Indian journal of veterinary science and animal husbandry - Volume 4,
Year: 1934
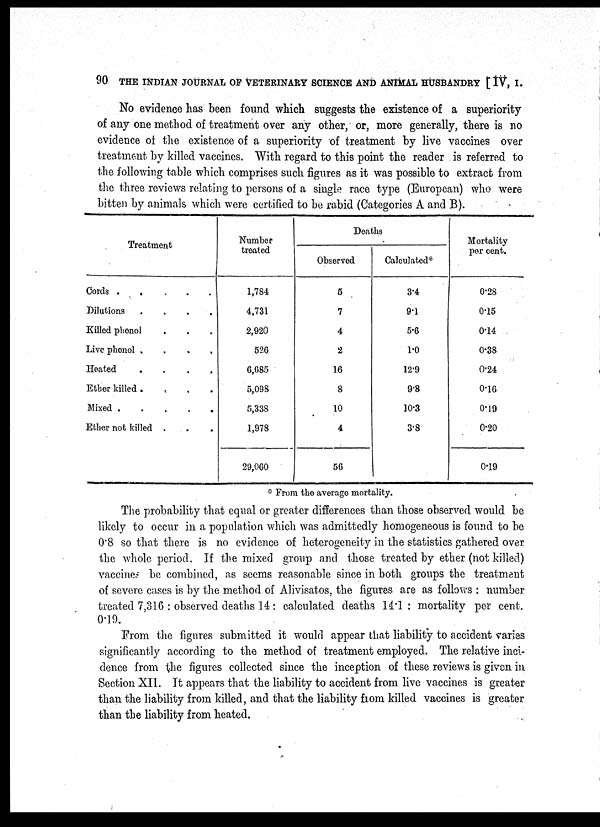
90 THE INDIAN JOURNAL OF VETERINARY SCIENCE AND ANIMAL HUSBANDRY [ IV, I.
No evidence has been found which suggests the existence of a superiority
of any one method of treatment over any other, or, more generally, there is no
evidence of the existence of a superiority of treatment by live vaccines over
treatment by killed vaccines. With regard to this point the reader is referred to
the following table which comprises such figures as it was possible to extract from
the three reviews relating to persons of a single race type (European) who were
bitten by animals which were certified to be rabid (Categories A and B).
Treatment
Cords .
.
.
.
.
Dilutions
.
.
.
.
Killed phenol . . . .
Live phenol . . . .
Heated
.
.
.
.
Ether killed . . . .
Mixed
.
.
.
.
.
Ether not killed . . .
Number
treated
1,784
4,731
2,920
526
6,685
5,098
5,338
1,978
29,060
Deaths
Observed
5
7
4
2
16
8
10
4
56
Calculated*
3.4
9.1
5.6
1.0
12.9
9.8
10.3
3.8
Mortality
per cent.
0.28
0.15
0.14
0.38
0.24
0.16
0.19
0.20
0.19
. From the average mortality.
The probability that equal or greater differences than those observed would be
likely to occur in a population which was admittedly homogeneous is found to be
0.8 so that there is no evidence of heterogeneity in the statistics gathered over
the whole period. If the mixed group and those
vaccines be combined, as seems reasonable since in both groups the treatment
of severe cases is by the method of Alivisatos, the figures are as follows : number
treated 7,316 : observed deaths 14: calculated deaths 14.1: mortality per cent.
0.19.
From the figures submitted it would appear that liability to accident varies
significantly according to the method of treatment employed. The relative inci-
dence from the figures collected since the inception of these reviews is given in
Section XII. It appears that the liability to accident from live vaccines is greater
than the liability from killed, and that the liability from killed vaccines is greater
than the liability from heated.